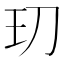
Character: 𭸵